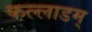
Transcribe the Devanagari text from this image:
कल्लाडम्